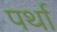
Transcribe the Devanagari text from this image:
पर्था